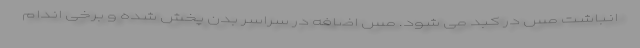
انباشت مس در کبد می شود. مس اضافه در سراسر بدن پخش شده و برخی اندام